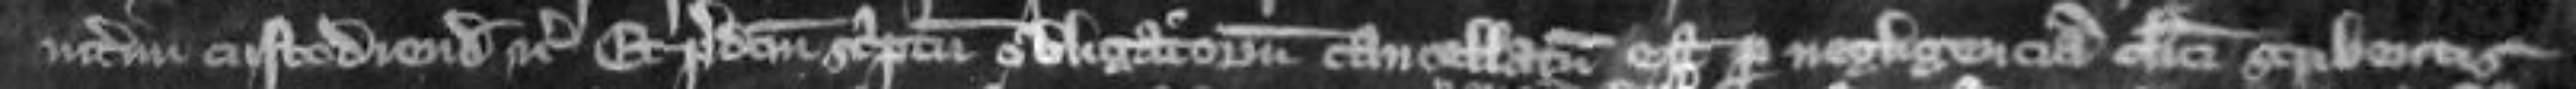
interim custodiendum etc Et predictum scriptum obligatorium cancellatum est per negligenciam clerici scribentis